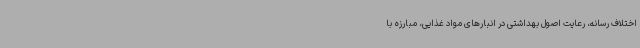
اختلاف رسانه، رعایت اصول بهداشتی در انبارهای مواد غذایی، مبارزه با